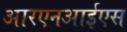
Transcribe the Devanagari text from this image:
आरएनआईएस